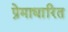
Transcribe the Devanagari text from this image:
प्रेमाधारित